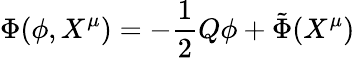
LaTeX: \Phi(\phi,X^{\mu})=-\frac{1}{2}Q\phi+{\tilde{\Phi}}(X^{\mu})